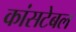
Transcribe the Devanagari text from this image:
कांसटेबल